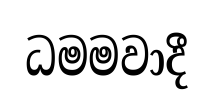
ධමමවාදී